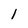
Character: 1